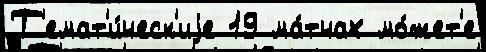
Т'емат'и́ческ'иjе 19 ма́тчах мо́жет'е